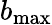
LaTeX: b_{\mathrm{max}}